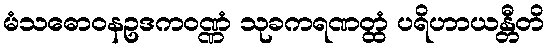
မံသဓောဝနဥဒကဝဏ္ဏံ သုခကရဏတ္ထံ ပရိဟာယန္တီတိ